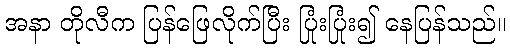
အနာ တိုလီက ပြန်ဖြေလိုက်ပြီး ပြုံးပြုံး၍ နေပြန်သည်။